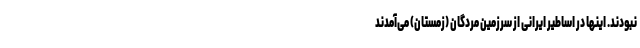
نبودند. اینها در اساطیر ایرانی از سرزمین مردگان (زمستان) می‌آمدند